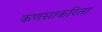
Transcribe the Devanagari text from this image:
कणसाकरिता